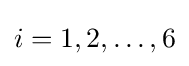
i=1,2,\dots ,6